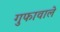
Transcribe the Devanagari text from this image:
गुफावाले